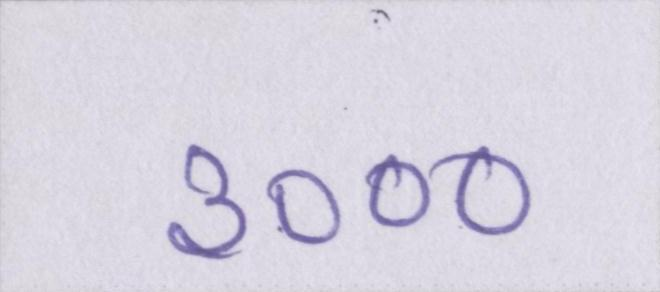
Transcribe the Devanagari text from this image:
३०००